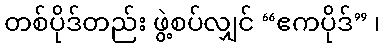
တစ်ပိုဒ်တည်း ဖွဲ့စပ်လျှင် “ဧကပိုဒ်” ၊